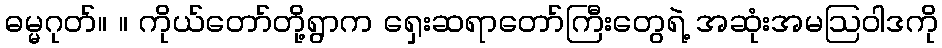
ဓမ္မဂုတ်။ ။ ကိုယ်တော်တို့ရွာက ရှေးဆရာတော်ကြီးတွေရဲ့ အဆုံးအမဩဝါဒကို